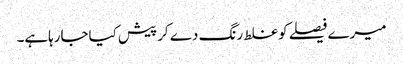
میرے فیصلے کوغلط رنگ دے کرپیش کیاجارہاہے۔